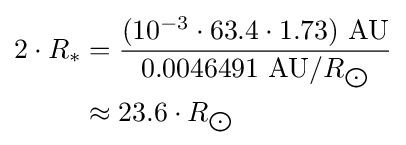
{\begin{aligned}2\cdot R_{*}&={\frac {(10^{-3}\cdot 63.4\cdot 1.73)\ {\text{AU}}}{0.0046491\ {\text{AU}}/R_{\bigodot }}}\\&\approx 23.6\cdot R_{\bigodot }\end{aligned}}